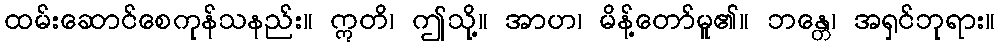
ထမ်းဆောင်စေကုန်သနည်း။ ဣတိ၊ ဤသို့။ အာဟ၊ မိန့်တော်မူ၏။ ဘန္တေ၊ အရှင်ဘုရား။